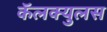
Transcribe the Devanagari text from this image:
कॅलक्युलस